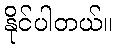
နိုင်ပါတယ်။